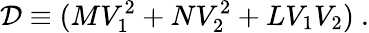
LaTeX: {\cal D}\equiv(MV_{1}^{2}+NV_{2}^{2}+LV_{1}V_{2})\ .